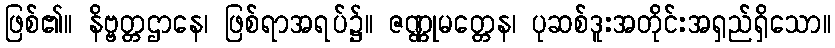
ဖြစ်၏။ နိဗ္ဗတ္တဌာနေ၊ ဖြစ်ရာအရပ်၌။ ဇဏ္ဏုမတ္တေန၊ ပုဆစ်ဒူးအတိုင်းအရှည်ရှိသော။